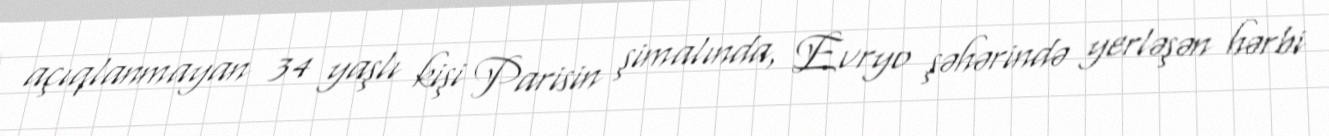
açıqlanmayan 34 yaşlı kişi Parisin şimalında, Evryo şəhərində yerləşən hərbi